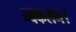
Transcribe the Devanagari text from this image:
व्यकलन।